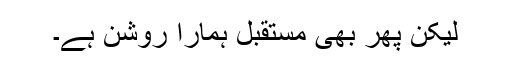
لیکن پھر بھی مستقبل ہمارا روشن ہے۔